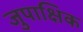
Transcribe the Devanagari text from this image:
जुपाक्षिक